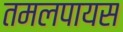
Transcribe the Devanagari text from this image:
तमलपायस